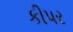
કીપર